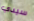
سيدي